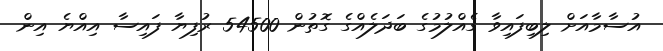
އުސާމާއަށް ލިބިފައިވާ ގެއްލުމުގެ ބަދަލެއްގެ ގޮތުން 54500 ރުފިޔާ ފައިސާ އިއްޔެ އިން